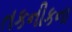
તકનીકના